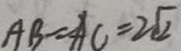
A B = A C = 2 \sqrt { 2 }